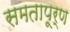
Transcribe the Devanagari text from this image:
समतापूर्ण